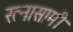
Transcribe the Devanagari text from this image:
रत्नासामी